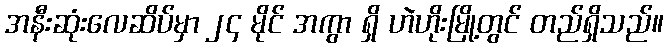
အနီးဆုံးလေဆိပ်မှာ ၂၄ မိုင် အကွာ ရှိ ဟဲဟိုးမြို့တွင် တည်ရှိသည်။